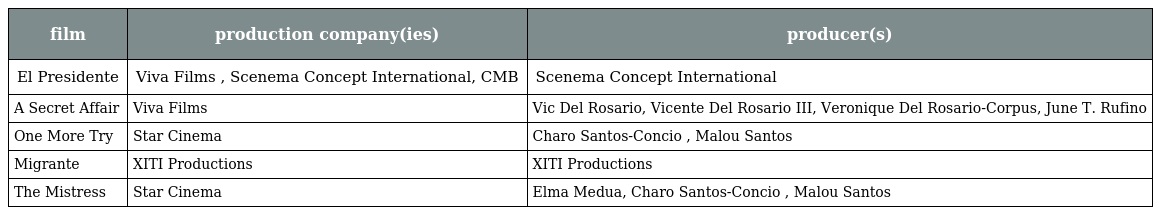
| film | production company(ies) | producer(s) |
 | --- | --- | --- |
 | El Presidente | Viva Films , Scenema Concept International, CMB | Scenema Concept International |
 | A Secret Affair | Viva Films | Vic Del Rosario, Vicente Del Rosario III, Veronique Del Rosario-Corpus, June T. Rufino |
 | One More Try | Star Cinema | Charo Santos-Concio , Malou Santos |
 | Migrante | XITI Productions | XITI Productions |
 | The Mistress | Star Cinema | Elma Medua, Charo Santos-Concio , Malou Santos |